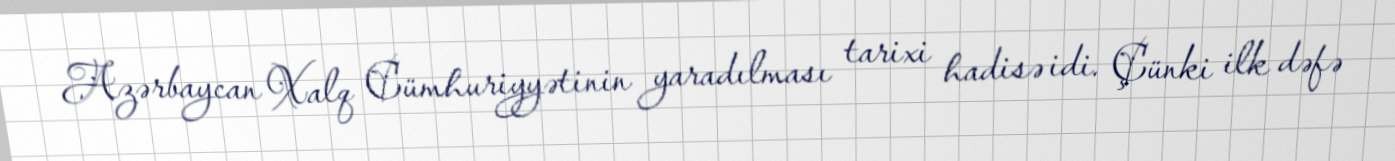
Azərbaycan Xalq Cümhuriyyətinin yaradılması tarixi hadisə idi. Çünki ilk dəfə